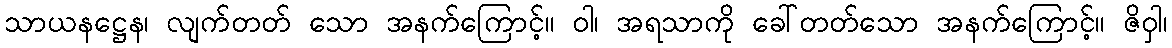
သာယနဋ္ဌေန၊ လျက်တတ် သော အနက်ကြောင့်။ ဝါ၊ အရသာကို ခေါ်တတ်သော အနက်ကြောင့်။ ဇိဝှါ၊